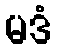
မဒံ